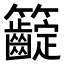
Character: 𥸟